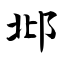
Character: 邶